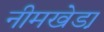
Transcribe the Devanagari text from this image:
नीमखेडा़